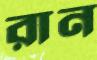
রান